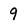
Character: 9